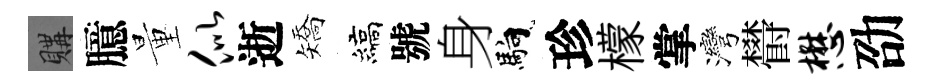
購臆量似逝矯縞號身馿珍檬掌灣欎懋劭